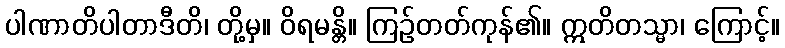
ပါဏာတိပါတာဒီတိ၊ တို့မှ။ ဝိရမန္တိ။ ကြဉ်တတ်ကုန်၏။ ဣတိတသ္မာ၊ ကြောင့်။